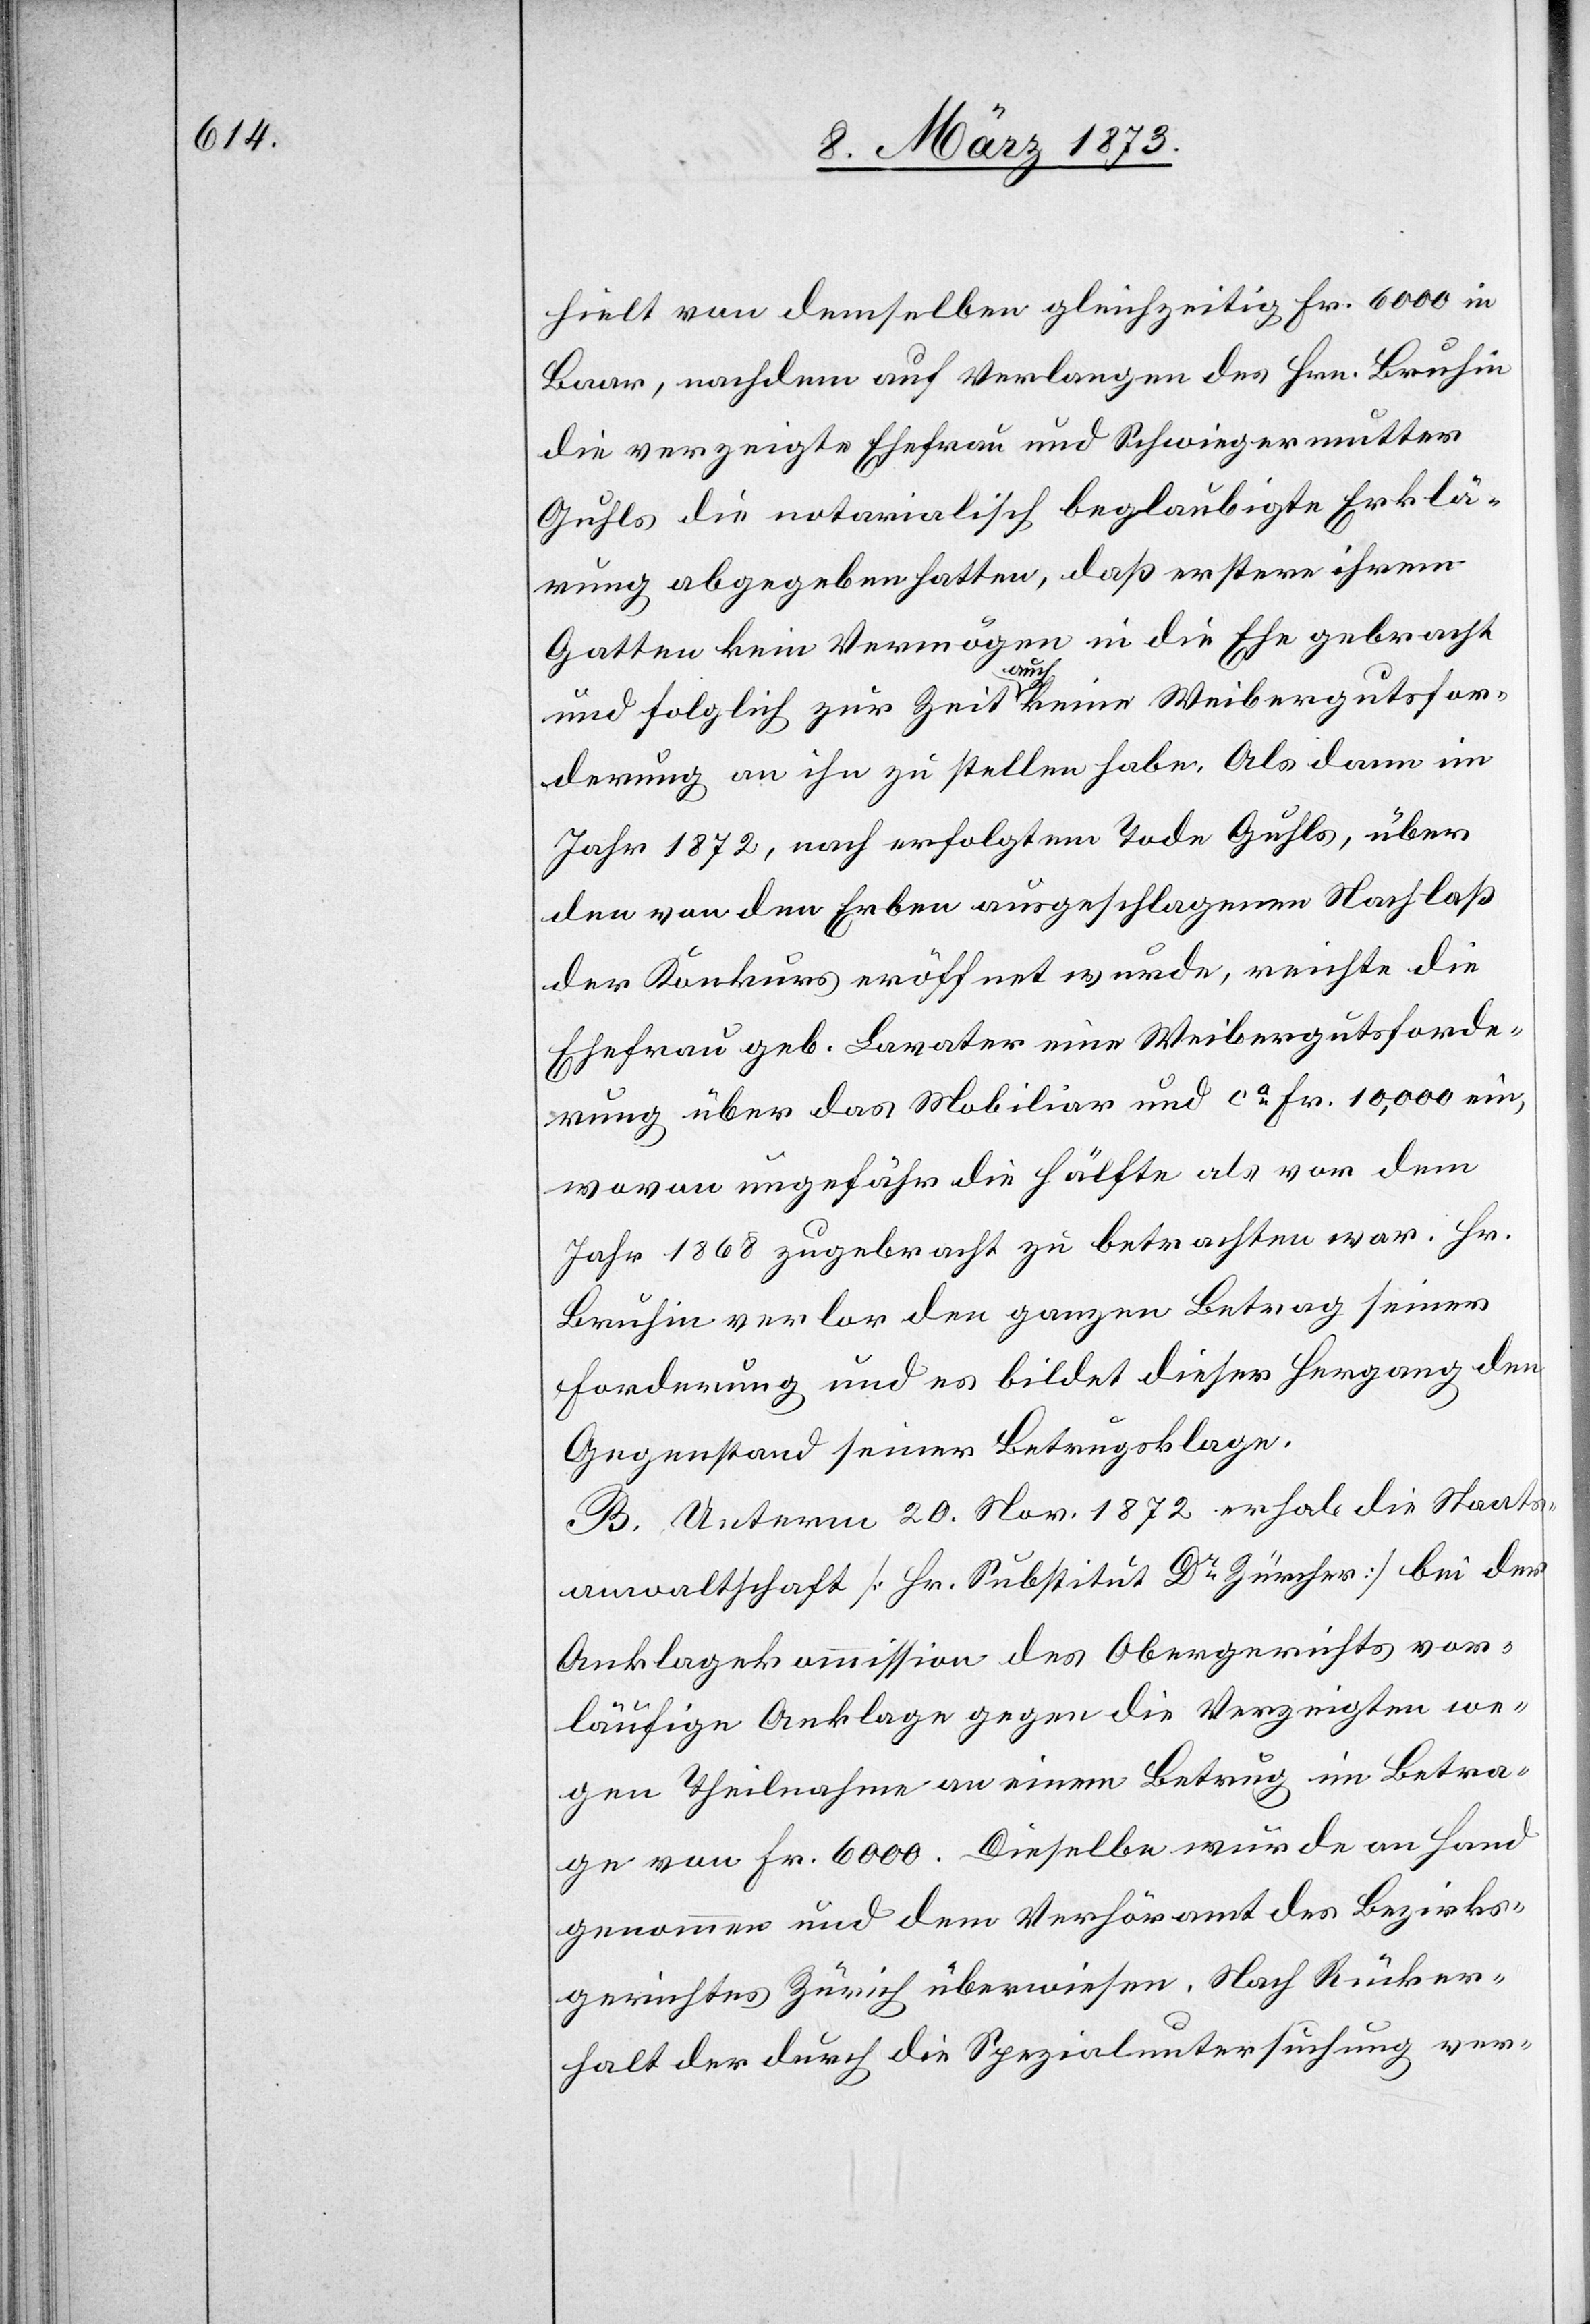
theilt von demselben gleichzeitig Fr. 6000 in
Baar, nachdem auf Verlangen des Hrn. Bruhin
die verzeigte Ehefrau und Schwiegermutter
Guhls die notarialisch beglaubigte Erklä¬
rung abgegeben hatten, daß erstere ihrem
Gatten kein Vermögen in die Ehe gebracht
und folglich zu Zeit auch keine Weibergutsfor¬
derung an ihn zu stellen habe. Als dann im
Jahr 1872, nach erfolgtem Tode Guhls, über
den von den Erben ausgeschlagenen Nachlaß
der Konkurs eröffnet wurde, reichte die
Ehefrau geb. Lavater eine Weibergutsforde¬
rung über das Mobiliar und ca Fr. 10,000 ein,
wovon ungefähr die Hälfte als vor dem
Jahr 1868 zugebracht zu betrachten war. Hr.
Bruhin verlor den ganzen Betrag seiner
Forderung und es bildet dieser Hergang den
Gegenstand seiner Betrugsklage.
B. Unterm 20. Nov. 1872 erhob die Staats¬
anwaltschaft [Hr. Substitut Dr Zürcher] bei der
Anklagekommission des Obergerichts vor¬
läufige Anklage gegen die Verzeigten we¬
gen Theilnahme an einem Betrug im Betra¬
ge von Fr. 6000. Dieselbe wurde an Hand
genommen und dem Verhöramt des Bezirks¬
gerichtes Zürich überwiesen. Nach Rücker¬
halt der durch die Spezialuntersuchung ver-